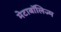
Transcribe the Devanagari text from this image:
मेटाबॉलिज्म